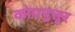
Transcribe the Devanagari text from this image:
कोयपुत्तूर